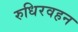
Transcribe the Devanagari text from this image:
रुधिरवहन